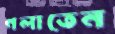
গলাতেন